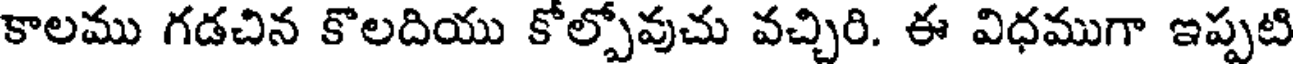
కాలము గడచిన కొలదియు కోల్పోవుచు వచ్చిరి. ఈ విధముగా ఇప్పటి